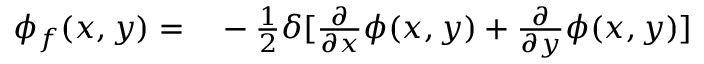
\begin{array} { r l } { \phi _ { f } ( x , y ) = } & { { } - \frac { 1 } { 2 } \delta [ \frac { \partial } { \partial x } \phi ( x , y ) + \frac { \partial } { \partial y } \phi ( x , y ) ] } \end{array}